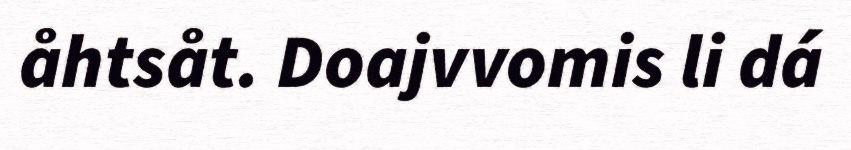
åhtsåt. Doajvvomis li dá